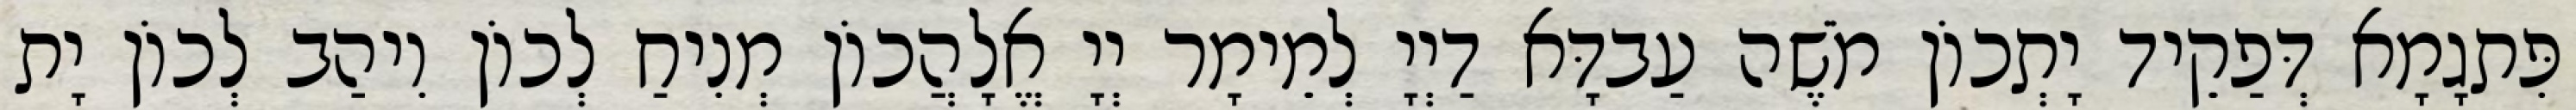
פִּתגָמָא דְּפַקֵיד יָתְכוֹן מֹשֶׁה עַבדָּא דַיְיָ לְמֵימָר יְיָ אֱלָהֲכוֹן מְנִיחַ לְכוֹן וִיהַב לְכוֹן יָת